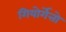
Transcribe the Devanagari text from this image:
गियोर्गेत्तो